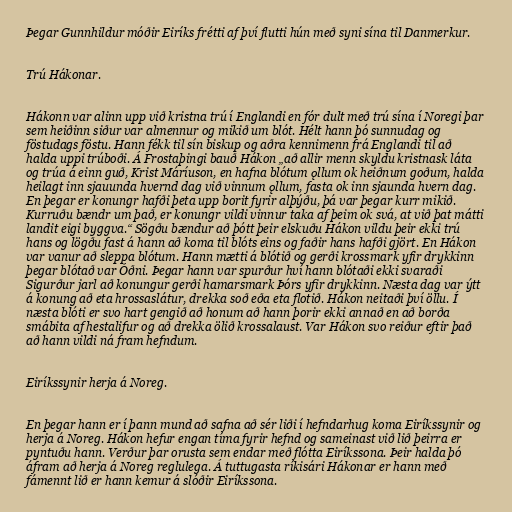
Þegar Gunnhildur móðir Eiríks frétti af því flutti hún með syni sína til Danmerkur.

Trú Hákonar.

Hákonn var alinn upp við kristna trú í Englandi en fór dult með trú sína í Noregi þar
sem heiðinn siður var almennur og mikið um blót. Hélt hann þó sunnudag og
föstudags föstu. Hann fékk til sín biskup og aðra kennimenn frá Englandi til að
halda uppi trúboði. Á Frostaþingi bauð Hákon „að allir menn skyldu kristnask láta
og trúa á einn guð, Krist Máríuson, en hafna blótum ǫllum ok heiðnum goðum, halda
heilagt inn sjauunda hvernd dag við vinnum ǫllum, fasta ok inn sjaunda hvern dag.
En þegar er konungr hafði þeta upp borit fyrir alþýðu, þá var þegar kurr mikið.
Kurruðu bændr um það, er konungr vildi vinnur taka af þeim ok svá, at við þat mátti
landit eigi byggva.“ Sögðu bændur að þótt þeir elskuðu Hákon vildu þeir ekki trú
hans og lögðu fast á hann að koma til blóts eins og faðir hans hafði gjört. En Hákon
var vanur að sleppa blótum. Hann mætti á blótið og gerði krossmark yfir drykkinn
þegar blótað var Óðni. Þegar hann var spurður hví hann blótaði ekki svaraði
Sigurður jarl að konungur gerði hamarsmark Þórs yfir drykkinn. Næsta dag var ýtt
á konung að eta hrossaslátur, drekka soð eða eta flotið. Hákon neitaði því öllu. Í
næsta blóti er svo hart gengið að honum að hann þorir ekki annað en að borða
smábita af hestalifur og að drekka ölið krossalaust. Var Hákon svo reiður eftir það
að hann vildi ná fram hefndum.

Eiríkssynir herja á Noreg.

En þegar hann er í þann mund að safna að sér liði í hefndarhug koma Eiríkssynir og
herja á Noreg. Hákon hefur engan tíma fyrir hefnd og sameinast við lið þeirra er
pyntuðu hann. Verður þar orusta sem endar með flótta Eiríkssona. Þeir halda þó
áfram að herja á Noreg reglulega. Á tuttugasta ríkisári Hákonar er hann með
fámennt lið er hann kemur á slóðir Eiríkssona.